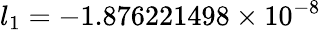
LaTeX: l_{1}=-1.876221498\times 10^{-8}